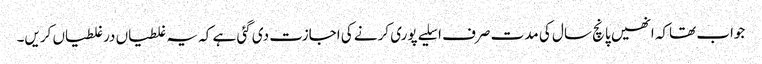
جواب تھاکہ انھیں پانچ سال کی مدت صرف اسلیے پوری کرنے کی اجازت دی گئی ہے کہ یہ غلطیاں درغلطیاں کریں۔